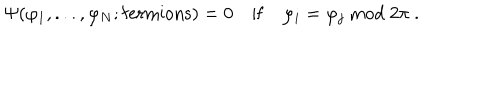
LaTeX: \Psi ( \varphi _ { 1 } , . . . , \varphi _ { N } ; \mathrm { f e r m i o n s } ) = 0 \quad \mathrm { i f } \quad \varphi _ { i } = \varphi _ { j } \ \mathrm { m o d } \ 2 \pi \ .